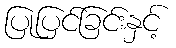
ပြုပြင်ခြင်းနှင့်